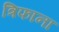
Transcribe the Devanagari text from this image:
त्रिफाना